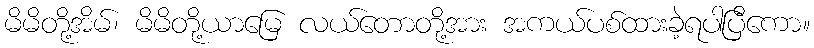
မိမိတို့အိမ်၊ မိမိတို့ယာမြေ လယ်တောတို့အား အကယ်ပစ်ထားခဲ့ရပါပြီကော။